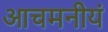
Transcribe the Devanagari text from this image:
आचमनीयं